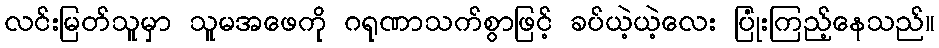
လင်းမြတ်သူမှာ သူမအဖေကို ဂရုဏာသက်စွာဖြင့် ခပ်ယဲ့ယဲ့လေး ပြုံးကြည့်နေသည်။